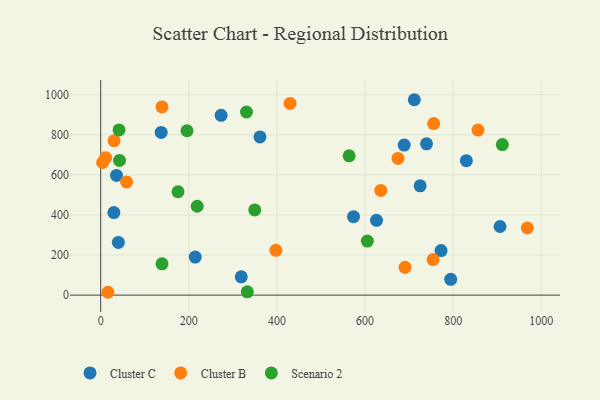
{"axis": {"x": "Investment", "y": "Fuel Efficiency"}, "legend": ["Cluster B", "Cluster C", "Scenario 2"], "data": [{"x": "273.3", "y": 897.1, "type": "Cluster C"}, {"x": "794.4", "y": 78.6, "type": "Cluster C"}, {"x": "214.6", "y": 189.8, "type": "Cluster C"}, {"x": "711.8", "y": 974.9, "type": "Cluster C"}, {"x": "29.9", "y": 411.9, "type": "Cluster C"}, {"x": "40.1", "y": 262.7, "type": "Cluster C"}, {"x": "573.8", "y": 391.2, "type": "Cluster C"}, {"x": "688.8", "y": 748.6, "type": "Cluster C"}, {"x": "725.1", "y": 545.4, "type": "Cluster C"}, {"x": "772.5", "y": 222.3, "type": "Cluster C"}, {"x": "626.0", "y": 372.9, "type": "Cluster C"}, {"x": "829.9", "y": 670.8, "type": "Cluster C"}, {"x": "906.4", "y": 342.4, "type": "Cluster C"}, {"x": "319.0", "y": 91.2, "type": "Cluster C"}, {"x": "137.3", "y": 811.7, "type": "Cluster C"}, {"x": "739.5", "y": 754.9, "type": "Cluster C"}, {"x": "361.5", "y": 789.3, "type": "Cluster C"}, {"x": "35.9", "y": 597.0, "type": "Cluster C"}, {"x": "58.8", "y": 564.7, "type": "Cluster B"}, {"x": "856.3", "y": 823.6, "type": "Cluster B"}, {"x": "139.1", "y": 938.8, "type": "Cluster B"}, {"x": "755.7", "y": 855.7, "type": "Cluster B"}, {"x": "397.6", "y": 223.4, "type": "Cluster B"}, {"x": "429.8", "y": 956.4, "type": "Cluster B"}, {"x": "754.4", "y": 177.1, "type": "Cluster B"}, {"x": "16.3", "y": 14.1, "type": "Cluster B"}, {"x": "30.3", "y": 770.5, "type": "Cluster B"}, {"x": "968.4", "y": 334.9, "type": "Cluster B"}, {"x": "690.7", "y": 138.4, "type": "Cluster B"}, {"x": "11.2", "y": 685.7, "type": "Cluster B"}, {"x": "674.7", "y": 682.2, "type": "Cluster B"}, {"x": "4.4", "y": 661.6, "type": "Cluster B"}, {"x": "635.7", "y": 522.2, "type": "Cluster B"}, {"x": "41.7", "y": 824.3, "type": "Scenario 2"}, {"x": "139.1", "y": 156.1, "type": "Scenario 2"}, {"x": "605.2", "y": 269.5, "type": "Scenario 2"}, {"x": "219.1", "y": 443.4, "type": "Scenario 2"}, {"x": "349.6", "y": 424.8, "type": "Scenario 2"}, {"x": "330.9", "y": 913.7, "type": "Scenario 2"}, {"x": "563.9", "y": 694.8, "type": "Scenario 2"}, {"x": "175.5", "y": 515.8, "type": "Scenario 2"}, {"x": "911.6", "y": 750.9, "type": "Scenario 2"}, {"x": "42.7", "y": 671.8, "type": "Scenario 2"}, {"x": "195.9", "y": 820.0, "type": "Scenario 2"}, {"x": "332.8", "y": 16.3, "type": "Scenario 2"}]}